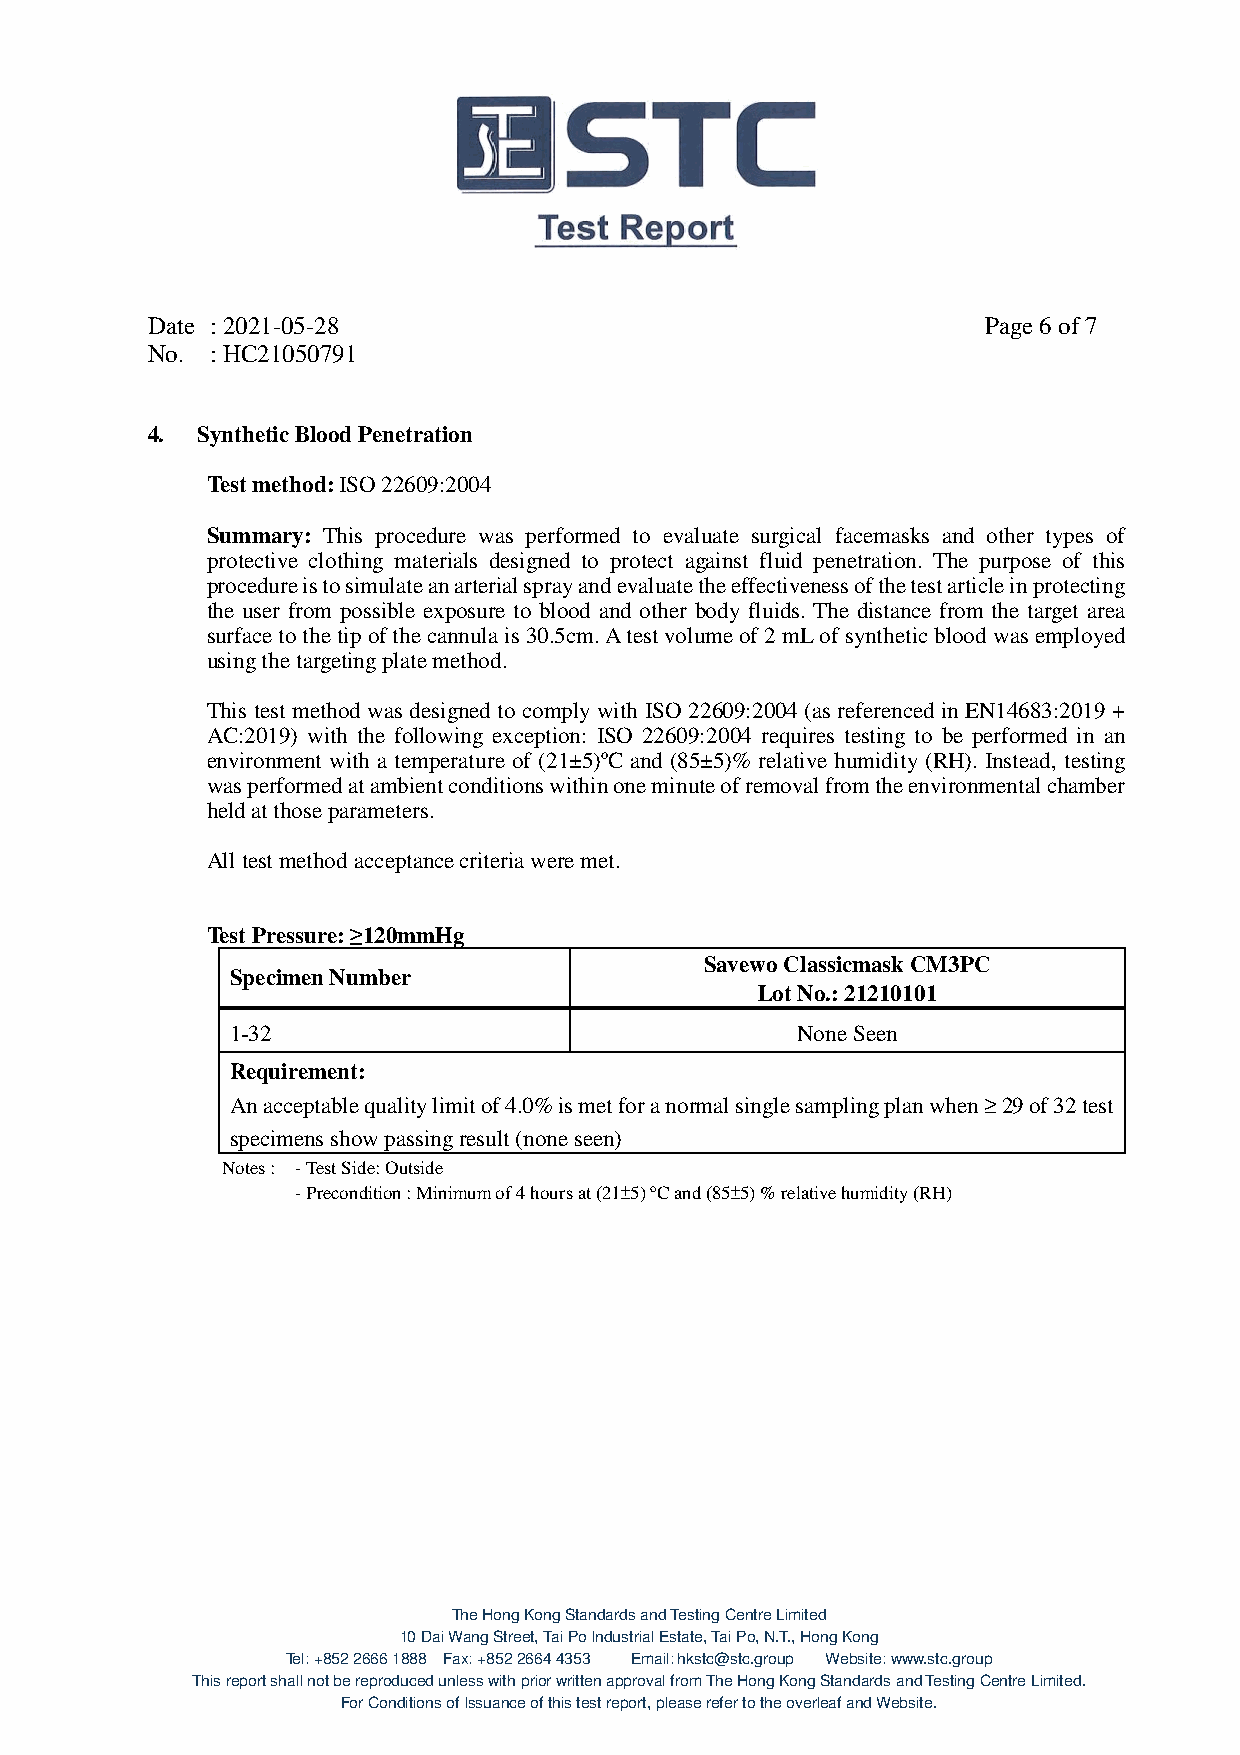
Date : 2021-05-28                                      Page 6 of 7
 No. : HC21050791
 4. Synthetic Blood Penetration
 Test method: ISO 22609:2004
 Summary: This procedure was performed to evaluate surgical facemasks and other types of
 protective clothing materials designed to protect against fluid penetration. The purpose of this
 procedure is to simulate an arterial spray and evaluate the effectiveness of the test article in protecting
 the user from possible exposure to blood and other body fluids. The distance from the target area
 surface to the tip of the cannula is 30.5cm. A test volume of 2 mL of synthetic blood was employed
 using the targeting plate method.
 This test method was designed to comply with ISO 22609:2004 (as referenced in EN14683:2019 +
 AC:2019) with the following exception: ISO 22609:2004 requires testing to be performed in an
 environment with a temperature of (21±5)oC and (85±5)% relative humidity (RH). Instead, testing
 was performed at ambient conditions within one minute of removal from the environmental chamber
 held at those parameters.
 All test method acceptance criteria were met.
 Test Pressure: ≥120mmHg
 Savewo Classicmask CM3PC
 Specimen Number
 Lot No.: 21210101
 1-32                                  None Seen
 Requirement:
 An acceptable quality limit of 4.0% is met for a normal single sampling plan when ≥ 29 of 32 test
 specimens show passing result (none seen)
 Notes : - Test Side: Outside
 - Precondition : Minimum of 4 hours at (21±5) oC and (85±5) % relative humidity (RH)
 The Hong Kong Standards and Testing Centre Limited
 10 Dai Wang Street, Tai Po Industrial Estate, Tai Po, N.T., Hong Kong
 Tel: +852 2666 1888 Fax: +852 2664 4353 Email: hkstc@stc.group Website: www.stc.group
 This report shall not be reproduced unless with prior written approval from The Hong Kong Standards and Testing Centre Limited.
 For Conditions of Issuance of this test report, please refer to the overleaf and Website.